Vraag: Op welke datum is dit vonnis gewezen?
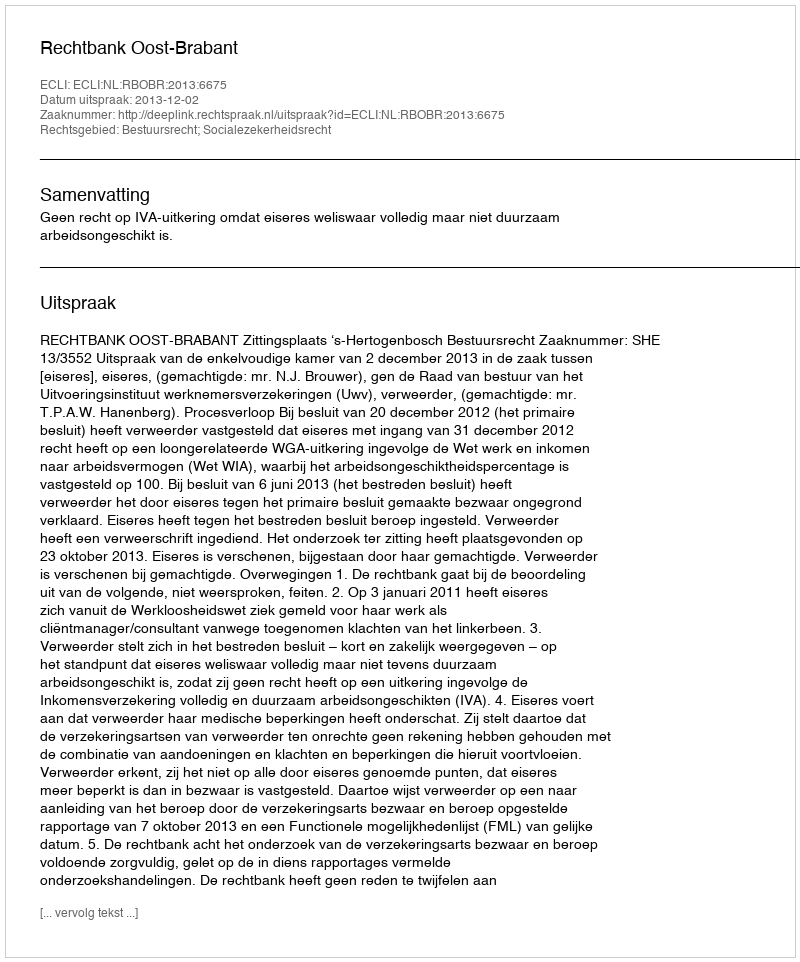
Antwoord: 2013-12-02